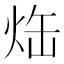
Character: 𤈒